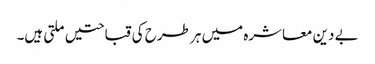
بے دین معاشرہ میں ہر طرح کی قباحتیں ملتی ہیں۔